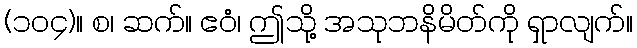
(၁၀၄)။ စ၊ ဆက်။ ဧဝံ၊ ဤသို့ အသုဘနိမိတ်ကို ရှာလျက်။